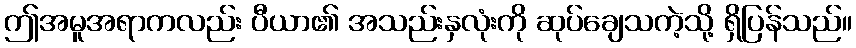
ဤအမူအရာကလည်း ပီယာ၏ အသည်းနှလုံးကို ဆုပ်ချေသကဲ့သို့ ရှိပြန်သည်။